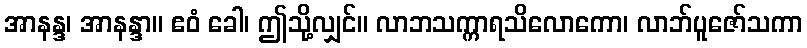
အာနန္ဒ၊ အာနန္ဒာ။ ဧဝံ ခေါ၊ ဤသို့လျှင်။ လာဘသက္ကာရသိလောကော၊ လာဘ်ပူဇော်သကာ